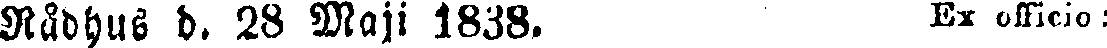
Rådhus d. 28 Maji 1838. Ex officio :